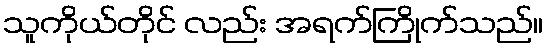
သူကိုယ်တိုင် လည်း အရက်ကြိုက်သည်။